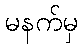
မနက်မှ